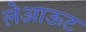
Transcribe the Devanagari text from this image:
लेअाऊट